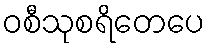
ဝစီသုစရိတေပေ